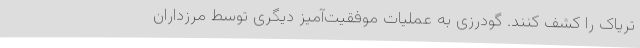
تریاک را کشف کنند. گودرزی به عملیات موفقیت‌آمیز دیگری توسط مرزداران